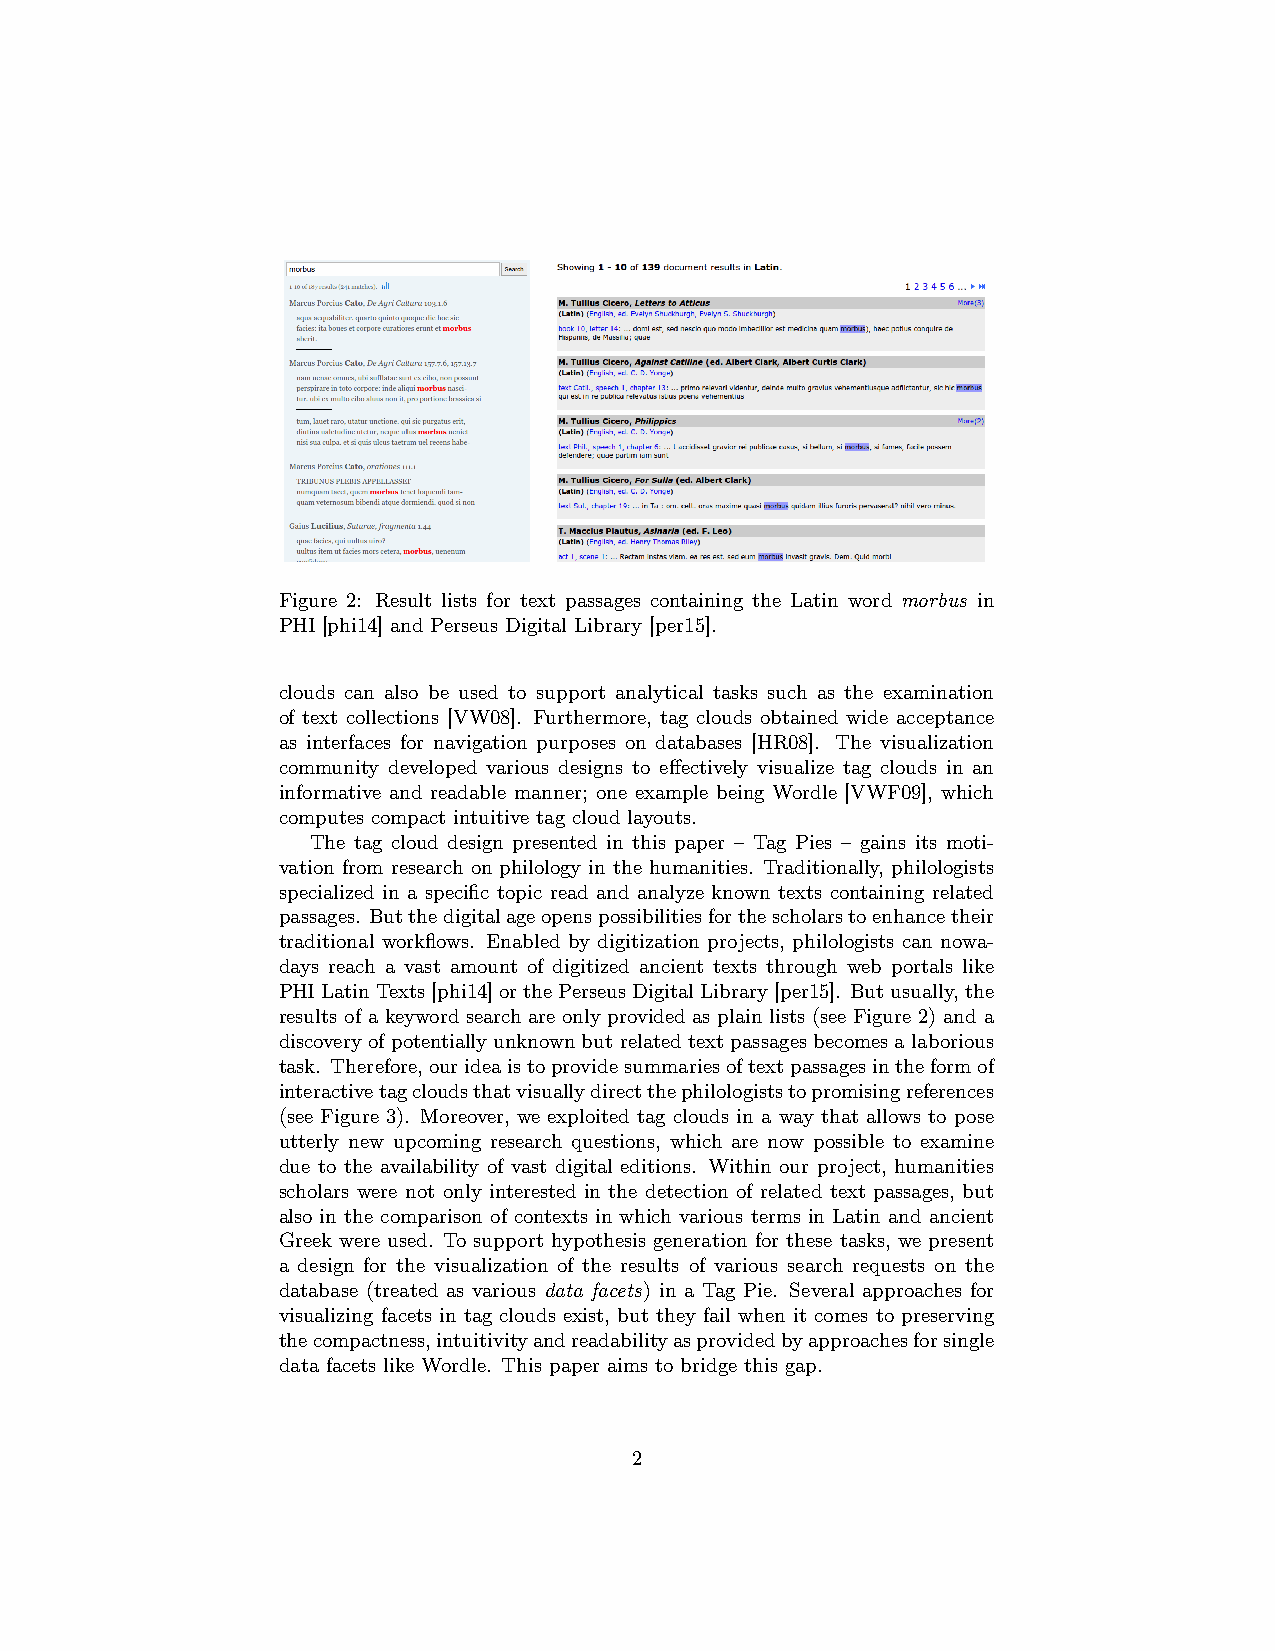
Figure 2: Result lists for text passages containing the Latin word morbus in
 PHI [phi14] and Perseus Digital Library [per15].
 clouds can also be used to support analytical tasks such as the examination
 of text collections [VW08]. Furthermore, tag clouds obtained wide acceptance
 as interfaces for navigation purposes on databases [HR08]. The visualization
 community developed various designs to effectively visualize tag clouds in an
 informative and readable manner; one example being Wordle [VWF09], which
 computes compact intuitive tag cloud layouts.
 The tag cloud design presented in this paper – Tag Pies – gains its moti-
 vation from research on philology in the humanities. Traditionally, philologists
 specialized in a specific topic read and analyze known texts containing related
 passages. Butthedigitalageopenspossibilitiesforthescholarstoenhancetheir
 traditional workflows. Enabled by digitization projects, philologists can nowa-
 days reach a vast amount of digitized ancient texts through web portals like
 PHILatinTexts[phi14]orthePerseusDigitalLibrary[per15]. Butusually,the
 results of a keyword search are only provided as plain lists (see Figure 2) and a
 discoveryofpotentiallyunknownbutrelatedtextpassagesbecomesalaborious
 task. Therefore,ourideaistoprovidesummariesoftextpassagesintheformof
 interactivetagcloudsthatvisuallydirectthephilologiststopromisingreferences
 (see Figure 3). Moreover, we exploited tag clouds in a way that allows to pose
 utterly new upcoming research questions, which are now possible to examine
 due to the availability of vast digital editions. Within our project, humanities
 scholars were not only interested in the detection of related text passages, but
 also in the comparison of contexts in which various terms in Latin and ancient
 Greek were used. To support hypothesis generation for these tasks, we present
 a design for the visualization of the results of various search requests on the
 database (treated as various data facets) in a Tag Pie. Several approaches for
 visualizing facets in tag clouds exist, but they fail when it comes to preserving
 thecompactness,intuitivityandreadabilityasprovidedbyapproachesforsingle
 data facets like Wordle. This paper aims to bridge this gap.
 2